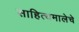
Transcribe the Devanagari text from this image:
साहित्यमालेचे